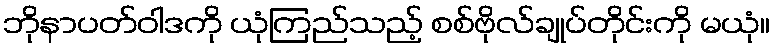
ဘိုနာပတ်ဝါဒကို ယုံကြည်သည့် စစ်ဗိုလ်ချုပ်တိုင်းကို မယုံ။